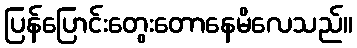
ပြန်ပြောင်းတွေးတောနေမိလေသည်။